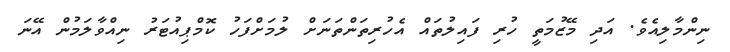
ނިންމާލިއެވެ. އަދި މޭޒުމަތީ ހުރި ފައިލުތައް އެހުރިތަންތަނަށް ލުމަށްފަހު ކޮމްޕިއުޓަރު ނިއްވާލަމުން އޭނަ